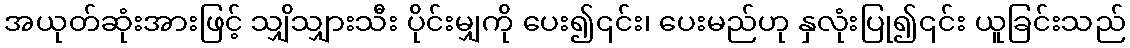
အယုတ်ဆုံးအားဖြင့် သျှိသျှားသီး ပိုင်းမျှကို ပေး၍၎င်း၊ ပေးမည်ဟု နှလုံးပြု၍၎င်း ယူခြင်းသည်